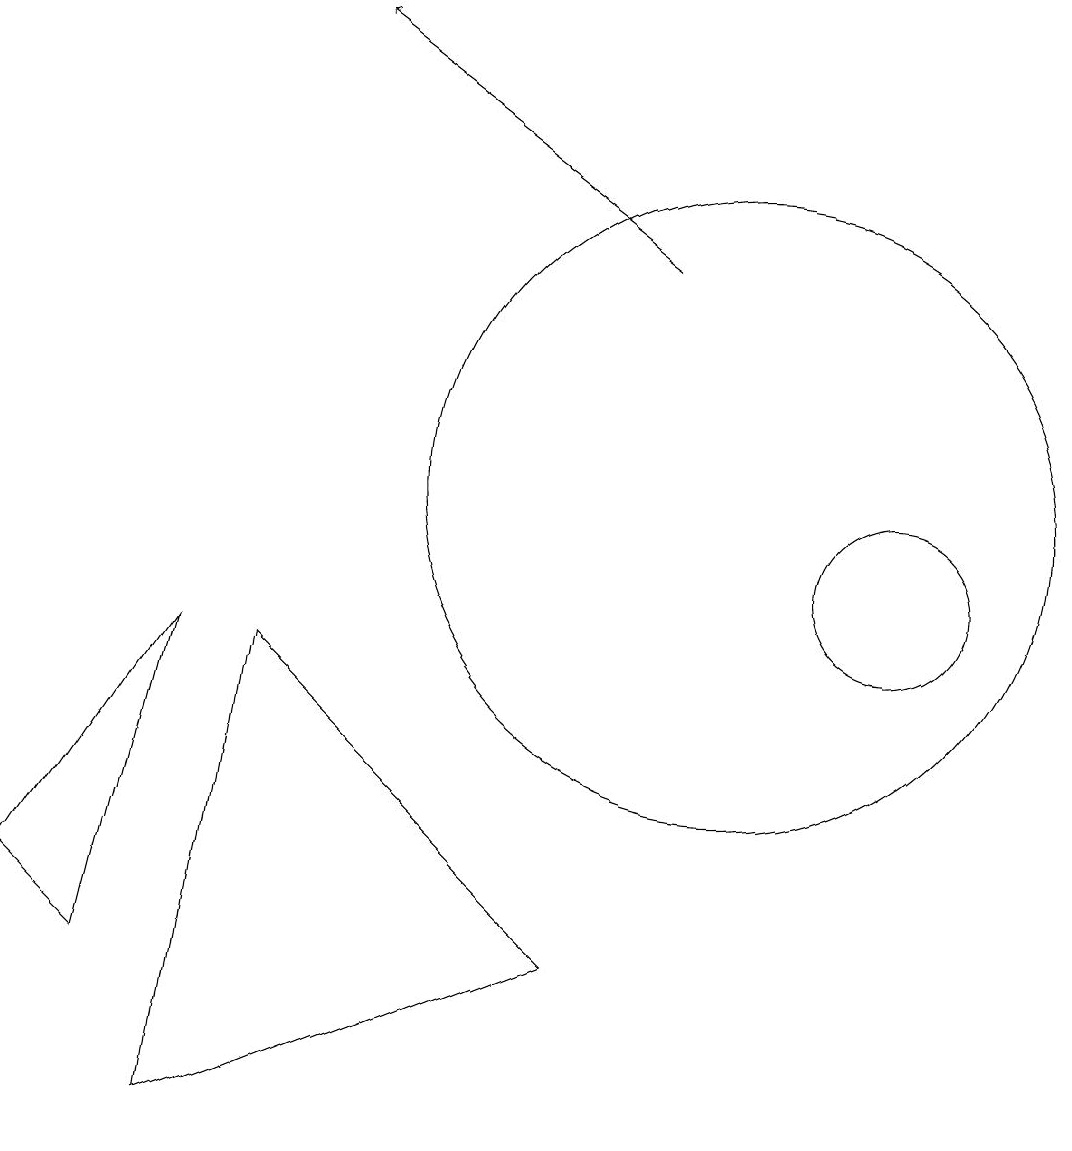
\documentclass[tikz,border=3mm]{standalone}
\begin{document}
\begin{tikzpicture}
\draw (10,11) circle (4);
\draw (12,10) circle (1);
\draw[->] (9,14) -- (5,17);
\draw (4,9) -- (8,5) -- (3,3) -- cycle;
\draw (3,9) -- (1,6) -- (2,5) -- cycle;
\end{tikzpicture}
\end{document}